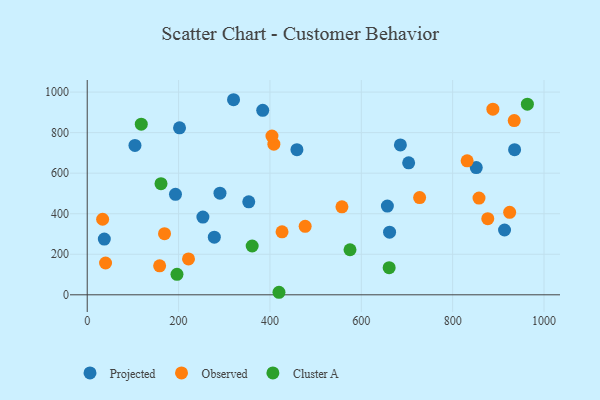
{"axis": {"x": "Price", "y": "Fuel Efficiency"}, "legend": ["Cluster A", "Observed", "Projected"], "data": [{"x": "459.1", "y": 716.0, "type": "Projected"}, {"x": "320.3", "y": 962.3, "type": "Projected"}, {"x": "253.2", "y": 383.3, "type": "Projected"}, {"x": "851.7", "y": 627.6, "type": "Projected"}, {"x": "384.2", "y": 909.8, "type": "Projected"}, {"x": "703.7", "y": 650.9, "type": "Projected"}, {"x": "104.5", "y": 736.9, "type": "Projected"}, {"x": "657.1", "y": 437.8, "type": "Projected"}, {"x": "193.2", "y": 495.9, "type": "Projected"}, {"x": "913.6", "y": 319.6, "type": "Projected"}, {"x": "685.6", "y": 739.4, "type": "Projected"}, {"x": "935.6", "y": 715.8, "type": "Projected"}, {"x": "202.1", "y": 823.5, "type": "Projected"}, {"x": "37.4", "y": 274.8, "type": "Projected"}, {"x": "290.6", "y": 501.1, "type": "Projected"}, {"x": "353.6", "y": 458.8, "type": "Projected"}, {"x": "661.9", "y": 309.0, "type": "Projected"}, {"x": "278.2", "y": 284.1, "type": "Projected"}, {"x": "169.2", "y": 301.8, "type": "Observed"}, {"x": "876.9", "y": 375.6, "type": "Observed"}, {"x": "727.7", "y": 479.8, "type": "Observed"}, {"x": "408.6", "y": 742.8, "type": "Observed"}, {"x": "857.7", "y": 477.0, "type": "Observed"}, {"x": "888.1", "y": 915.8, "type": "Observed"}, {"x": "477.1", "y": 338.0, "type": "Observed"}, {"x": "831.7", "y": 661.0, "type": "Observed"}, {"x": "221.7", "y": 176.8, "type": "Observed"}, {"x": "934.8", "y": 859.3, "type": "Observed"}, {"x": "924.8", "y": 406.8, "type": "Observed"}, {"x": "557.6", "y": 433.9, "type": "Observed"}, {"x": "404.4", "y": 783.0, "type": "Observed"}, {"x": "426.5", "y": 310.6, "type": "Observed"}, {"x": "33.7", "y": 372.7, "type": "Observed"}, {"x": "40.1", "y": 156.9, "type": "Observed"}, {"x": "158.5", "y": 143.0, "type": "Observed"}, {"x": "161.5", "y": 548.4, "type": "Cluster A"}, {"x": "196.5", "y": 101.2, "type": "Cluster A"}, {"x": "118.3", "y": 841.7, "type": "Cluster A"}, {"x": "419.8", "y": 12.5, "type": "Cluster A"}, {"x": "575.3", "y": 222.3, "type": "Cluster A"}, {"x": "963.6", "y": 940.3, "type": "Cluster A"}, {"x": "661.0", "y": 133.6, "type": "Cluster A"}, {"x": "361.1", "y": 240.7, "type": "Cluster A"}]}